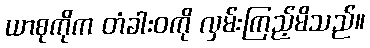
ယာစုကိုက တံခါးဝကို လှမ်းကြည့်မိသည်။